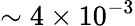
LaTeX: \sim 4\times 10^{-3}